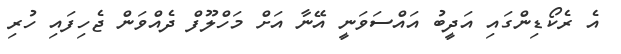
އެ ރެކޯޑިންގައި އަދީބު އައްސަވަނީ އޭނާ އަށް މަހްލޫފް ދެއްވަން ޖެހިފައި ހުރި